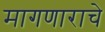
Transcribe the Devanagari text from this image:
मागणाराचे